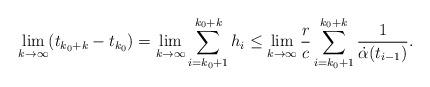
LaTeX: \begin{align*} \lim_{k \to \infty} (t_{k_0+k} - t_{k_0}) = \lim_{k \to \infty}\sum_{i=k_0+1}^{k_0+k} h_i \le \lim_{k \to \infty} \frac{r}{c} \sum_{i=k_0+1}^{k_0+k} \frac{1}{\dot{\alpha}(t_{i-1})}. \end{align*}